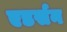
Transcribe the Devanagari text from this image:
एडर्सन